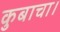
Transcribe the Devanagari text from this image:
कुबाचा।